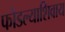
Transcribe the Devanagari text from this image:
फोडल्याशिवाय